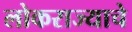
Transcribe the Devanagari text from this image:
लोकराज्याचे